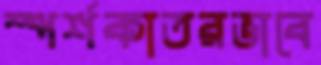
স্পর্শকাতরভাবে